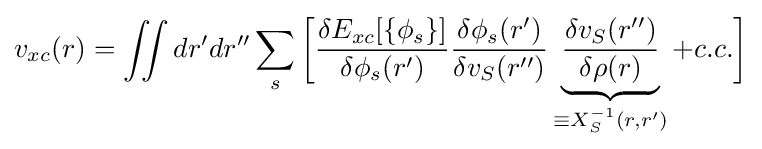
v_{xc}(r)=\iint dr'dr''\sum _{s}{\bigg [}{\frac {\delta E_{xc}[\{\phi _{s}\}]}{\delta \phi _{s}(r')}}{\frac {\delta \phi _{s}(r')}{\delta v_{S}(r'')}}\underbrace {\frac {\delta v_{S}(r'')}{\delta \rho (r)}} _{\equiv X_{S}^{-1}(r,r')}+c.c.{\bigg ]}